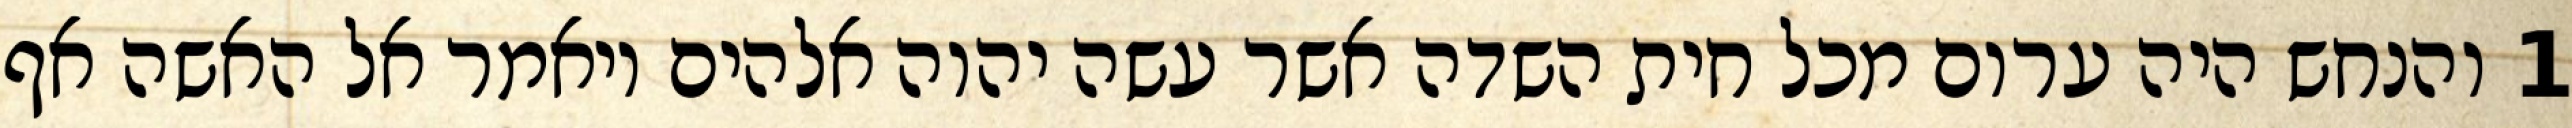
1 והנחש היה ערום מכל חית השדה אשר עשה יהוה אלהים ויאמר אל האשה אף